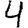
Digit: 4